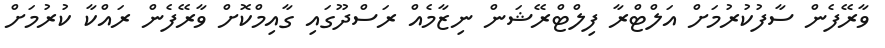
ވާރޭފެން ސާފުކުރުމަށް އަލްޓްރާ ފިލްޓްރޭޝަން ނިޒާމެއް ރަސްދޫގައި ގާއިމްކޮށް ވާރޭފެން ރައްކާ ކުރުމަށް